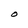
Character: O